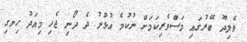
ވެލިދޫ ބޭރުގައި މަސްވެރިކަމަށް ނުކުމެ އުޅުނު ދެ ދޯނި ޖެހި މިއަދު ހިނގި